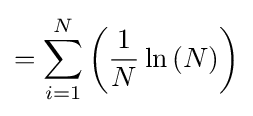
=\sum _{i=1}^{N}\left({\frac {1}{N}}\ln \left({N}\right)\right)